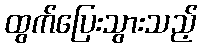
ထွက်ပြေးသွားသည့်